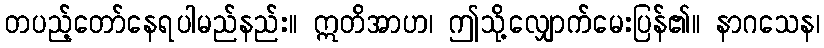
တပည့်တော်နေရပါမည်နည်း။ ဣတိအာဟ၊ ဤသို့လျှောက်မေးပြန်၏။ နာဂသေန၊